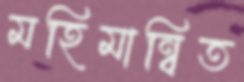
মহিমান্বিত